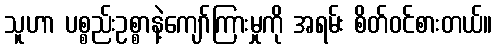
သူဟာ ပစ္စည်းဥစ္စာနဲ့ကျော်ကြားမှုကို အရမ်း စိတ်ဝင်စားတယ်။